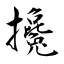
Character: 攙